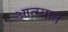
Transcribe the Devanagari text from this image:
आत्म्यात